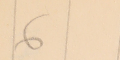
6